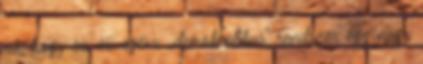
rá, hogy ez az egész „demokratikus” rend­szer egy nagy